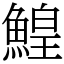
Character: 鰉